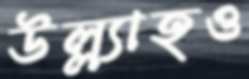
উল্ল্যাহও